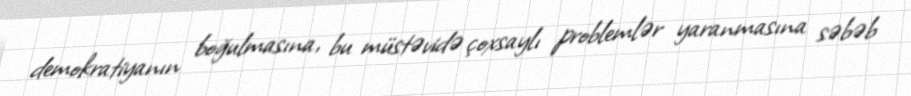
demokratiyanın boğulmasına, bu müstəvidə çoxsaylı problemlər yaranmasına səbəb